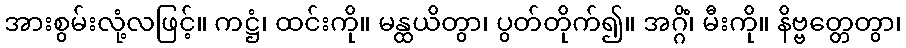
အားစွမ်းလုံ့လဖြင့်။ ကဋ္ဌံ၊ ထင်းကို။ မန္ထယိတွာ၊ ပွတ်တိုက်၍။ အဂ္ဂိံ၊ မီးကို။ နိဗ္ဗတ္တေတွာ၊